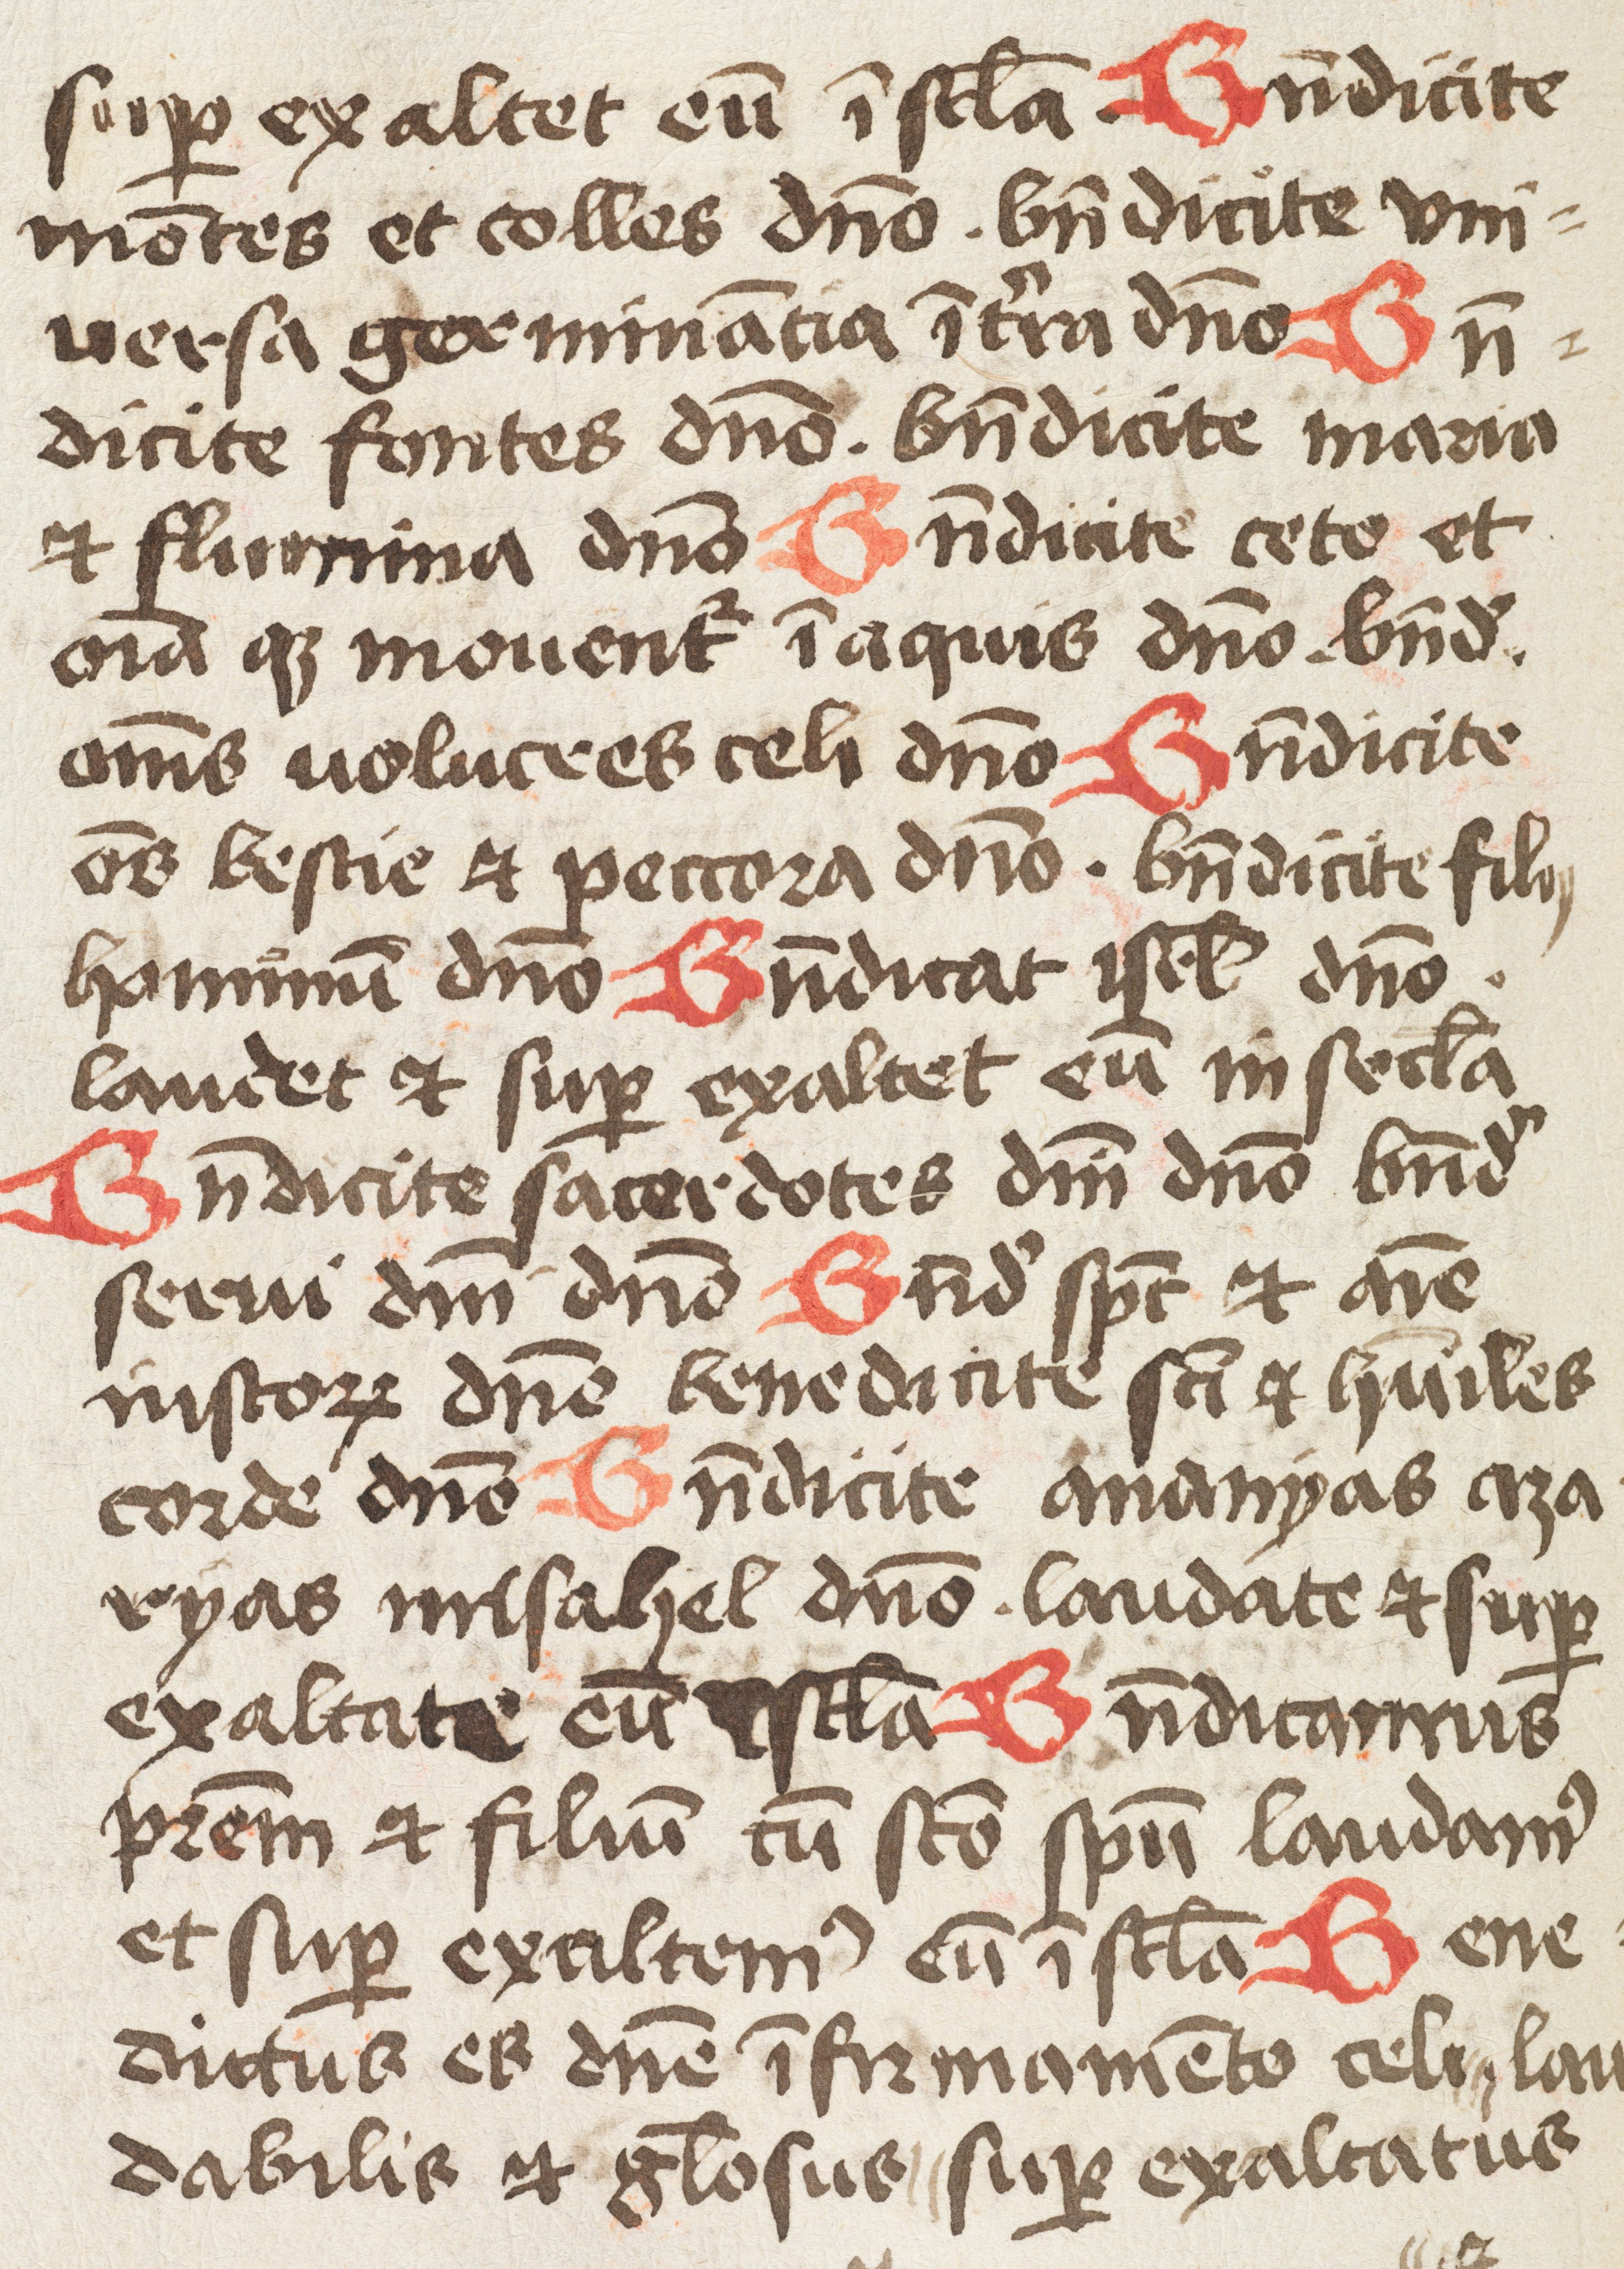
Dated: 1475–1499